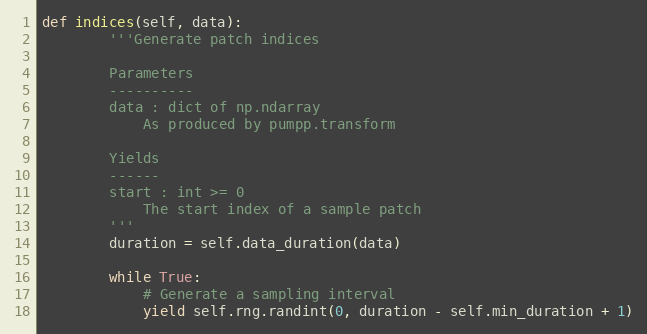
Language: Python
def indices(self, data):
        '''Generate patch indices

        Parameters
        ----------
        data : dict of np.ndarray
            As produced by pumpp.transform

        Yields
        ------
        start : int >= 0
            The start index of a sample patch
        '''
        duration = self.data_duration(data)

        while True:
            # Generate a sampling interval
            yield self.rng.randint(0, duration - self.min_duration + 1)